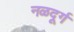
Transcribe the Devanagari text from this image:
नळदूर्ग